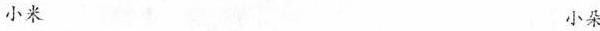
小米 小朵